Source: Handwritten
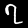
Digit: ၇ (7)